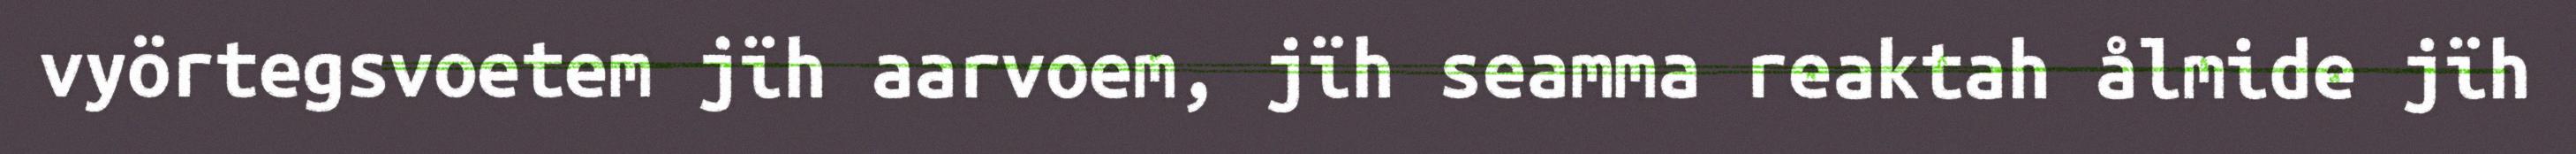
vyörtegsvoetem jïh aarvoem, jïh seamma reaktah ålmide jïh